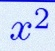
x^2